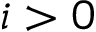
i > 0